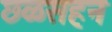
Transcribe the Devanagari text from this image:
छळसहन